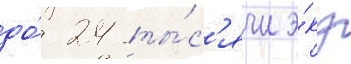
до́ 24 ты́с'ячи э́кз